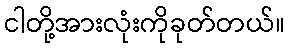
ငါတို့အားလုံးကိုခုတ်တယ်။